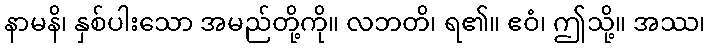
နာမနိ၊ နှစ်ပါးသော အမည်တို့ကို။ လဘတိ၊ ရ၏။ ဧဝံ၊ ဤသို့။ အဿ၊